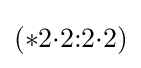
(*2{\cdot }2{:}2{\cdot }2)